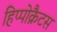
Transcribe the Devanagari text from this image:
हिप्पोक्रैटस